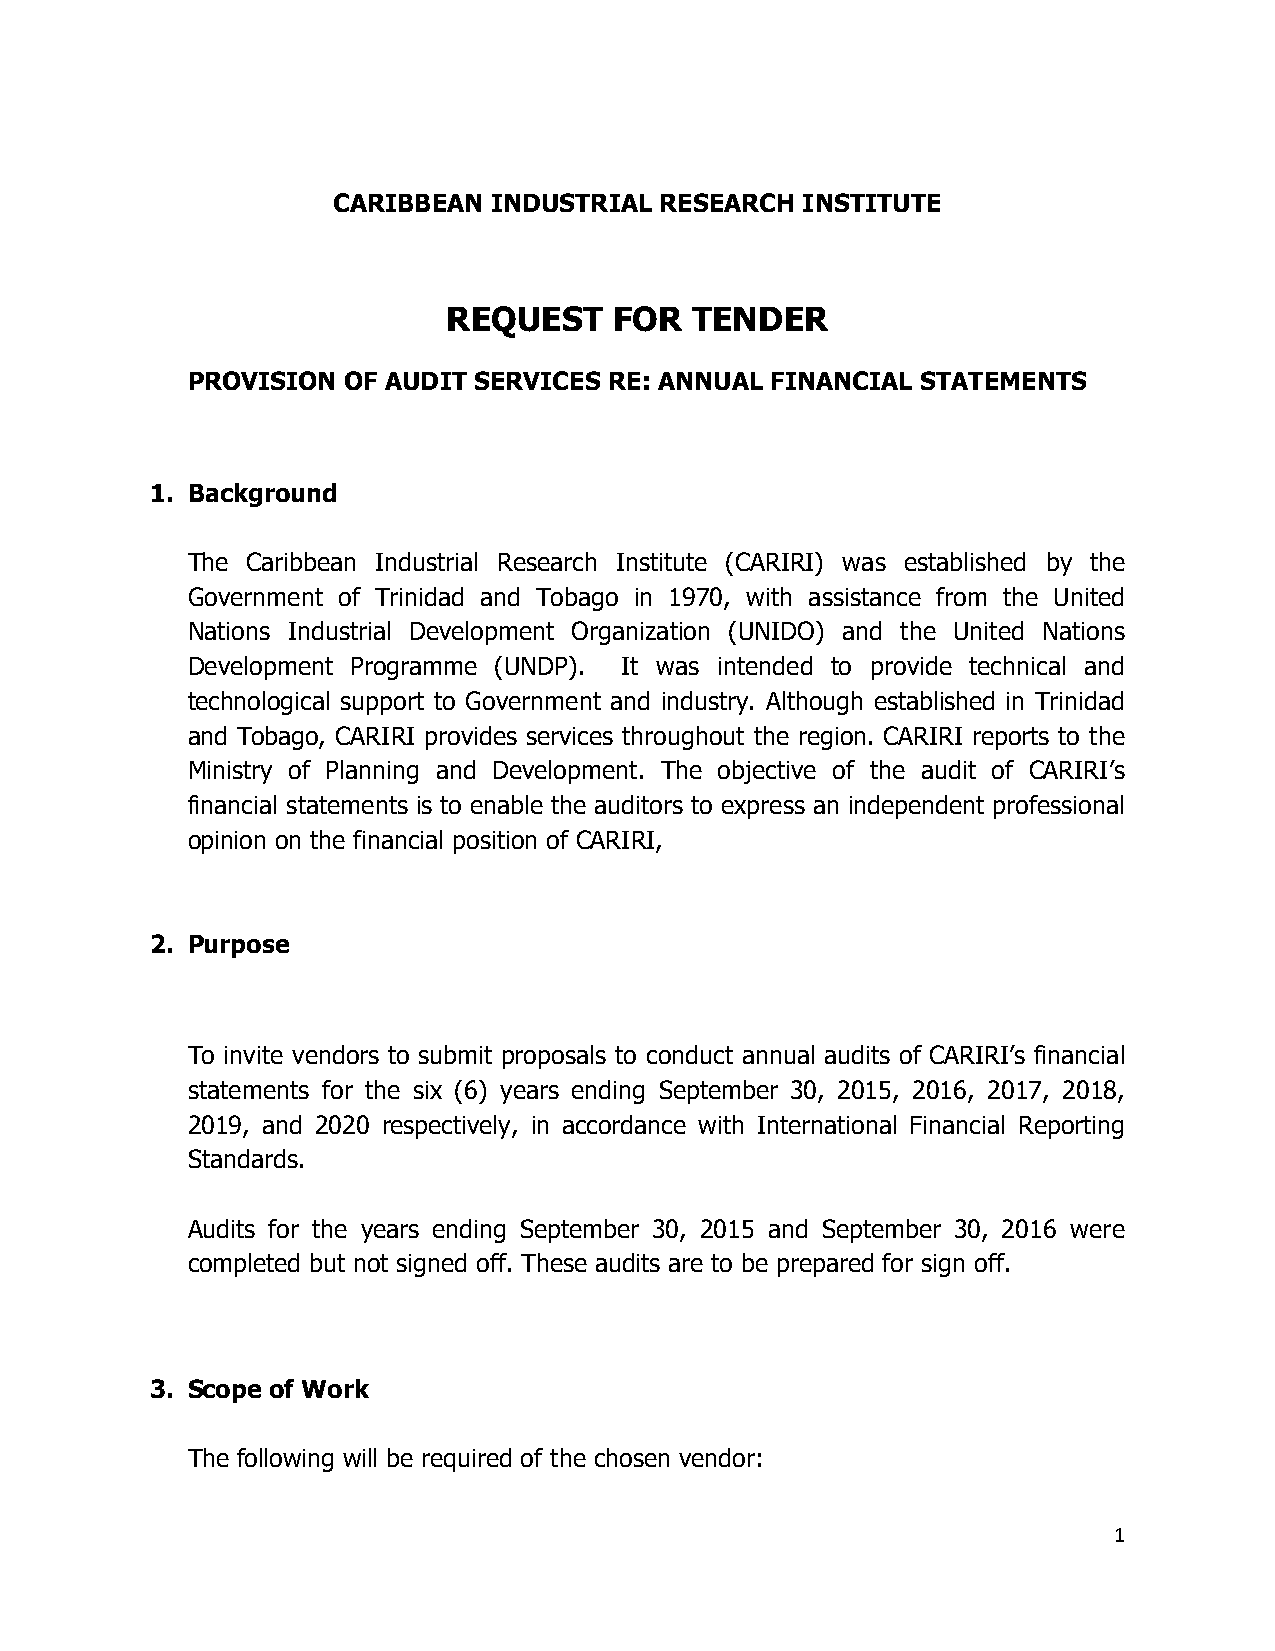
CARIBBEAN INDUSTRIAL  RESEARCH INSTITUTE
 REQUEST    FOR  TENDER
 PROVISION  OF AUDIT SERVICES RE: ANNUAL FINANCIAL STATEMENTS
 1. Background
 The Caribbean Industrial Research Institute (CARIRI) was established by the
 Government of Trinidad and Tobago in 1970, with assistance from the United
 Nations Industrial Development Organization (UNIDO) and the United Nations
 Development Programme (UNDP). It was intended to provide technical and
 technological support to Government and industry. Although established in Trinidad
 and Tobago, CARIRI provides services throughout the region. CARIRI reports to the
 Ministry of Planning and Development. The objective of the audit of CARIRI’s
 financial statements is to enable the auditors to express an independent professional
 opinion on the financial position of CARIRI,
 2. Purpose
 To invite vendors to submit proposals to conduct annual audits of CARIRI’s financial
 statements for the six (6) years ending September 30, 2015, 2016, 2017, 2018,
 2019, and 2020 respectively, in accordance with International Financial Reporting
 Standards.
 Audits for the years ending September 30, 2015 and September 30, 2016 were
 completed but not signed off. These audits are to be prepared for sign off.
 3. Scope of Work
 The following will be required of the chosen vendor:
 1